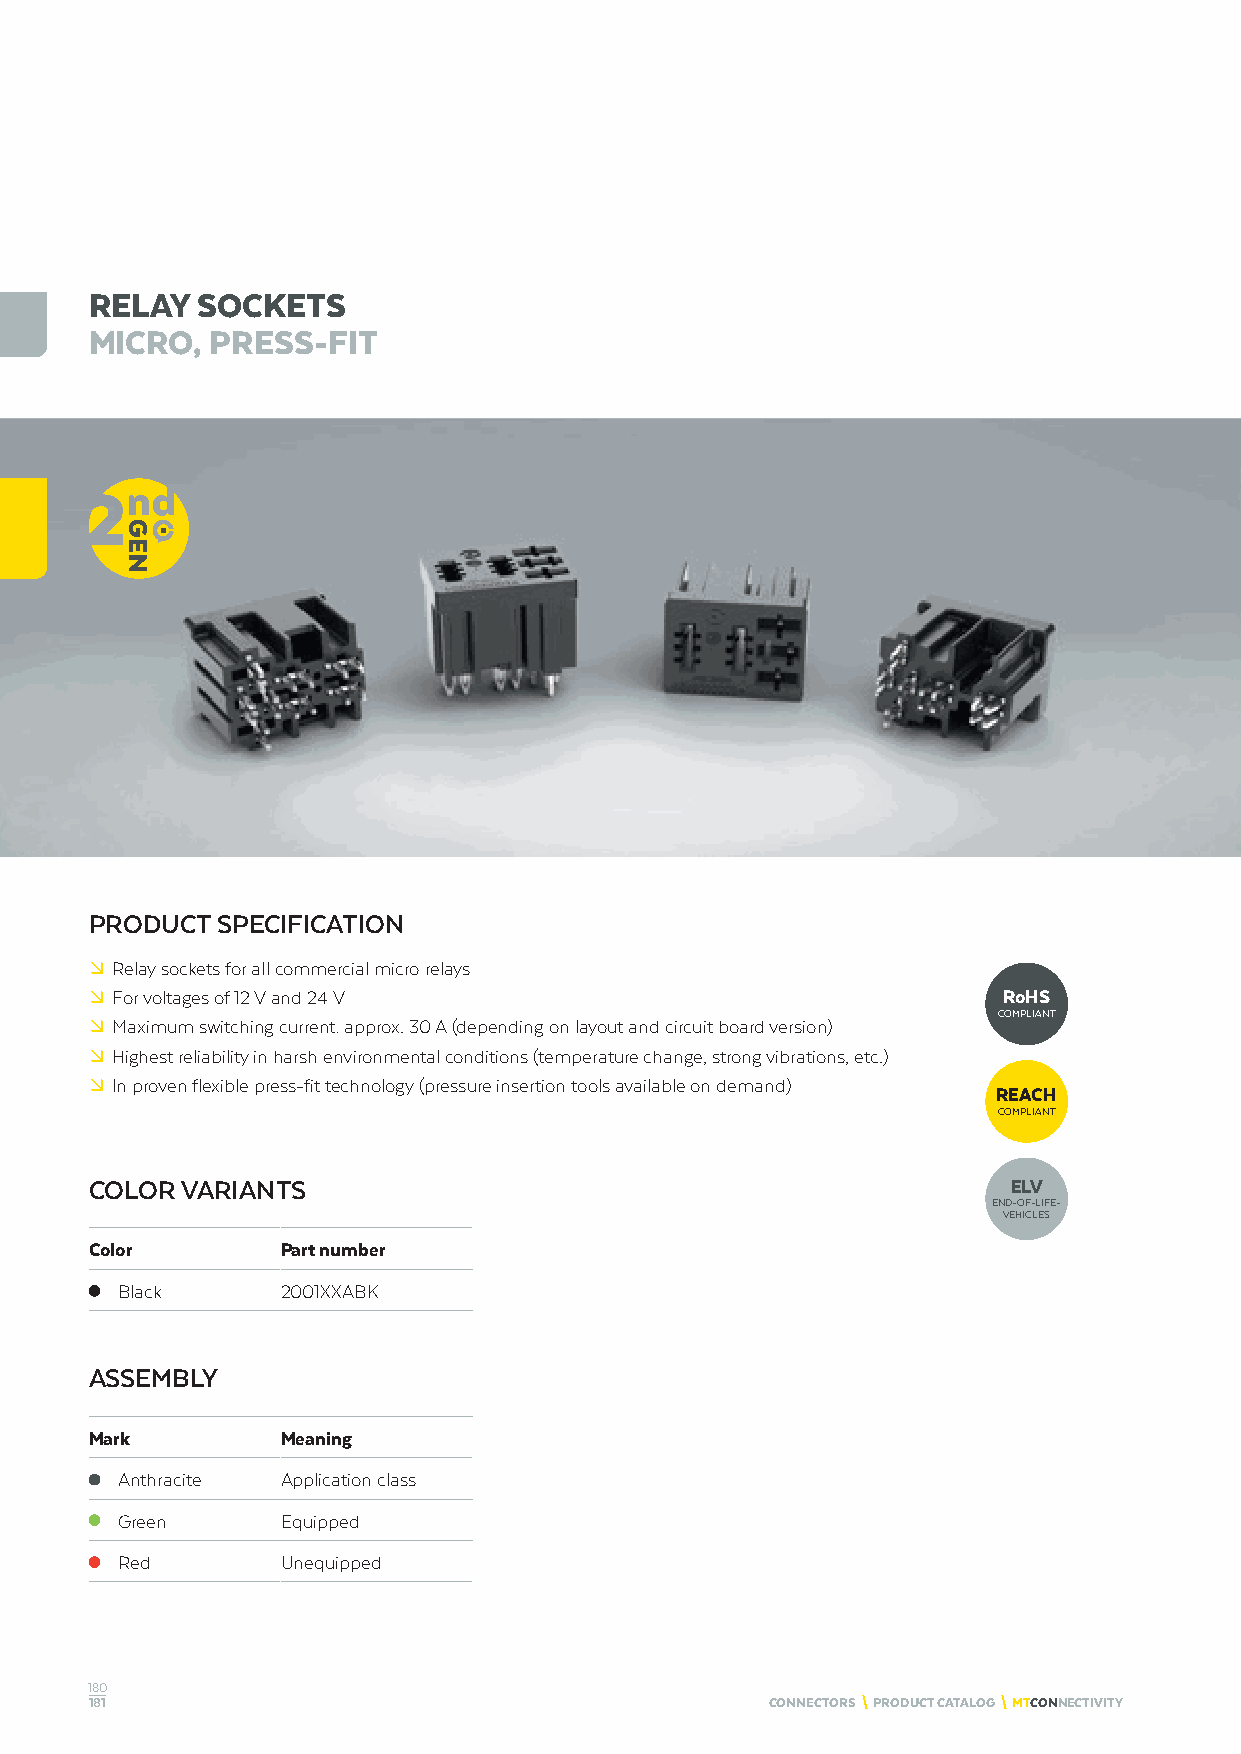
RELAY  SOCKETS
 MICRO,  PRESS-FIT
 PRODUCT SPECIFICATION
 º Relay sockets for all commercial micro relays
 º For voltages of 12 V and 24 V                             RoHS
 COMPLIANT
 º Maximum switching current: approx. 30 A (depending on layout and circuit board version)
 º Highest reliability in harsh environmental conditions (temperature change, strong vibrations, etc.)
 º In proven flexible press-fit technology (pressure insertion tools available on demand)
 REACH
 COMPLIANT
 COLOR VARIANTS                                               ELV
 END-OF-LIFE-
 VEHICLES
 Color        Part number
 Black      2001XXABK
 ASSEMBLY
 Mark         Meaning
 Anthracite Application class
 Green      Equipped
 Red        Unequipped
 180
 181                                          CONNECTORS \ PRODUCT CATALOG \ MTCONNECTIVITY